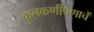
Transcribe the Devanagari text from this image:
कुलकर्णीपणाचें